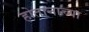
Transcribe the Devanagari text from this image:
होतानाच्या